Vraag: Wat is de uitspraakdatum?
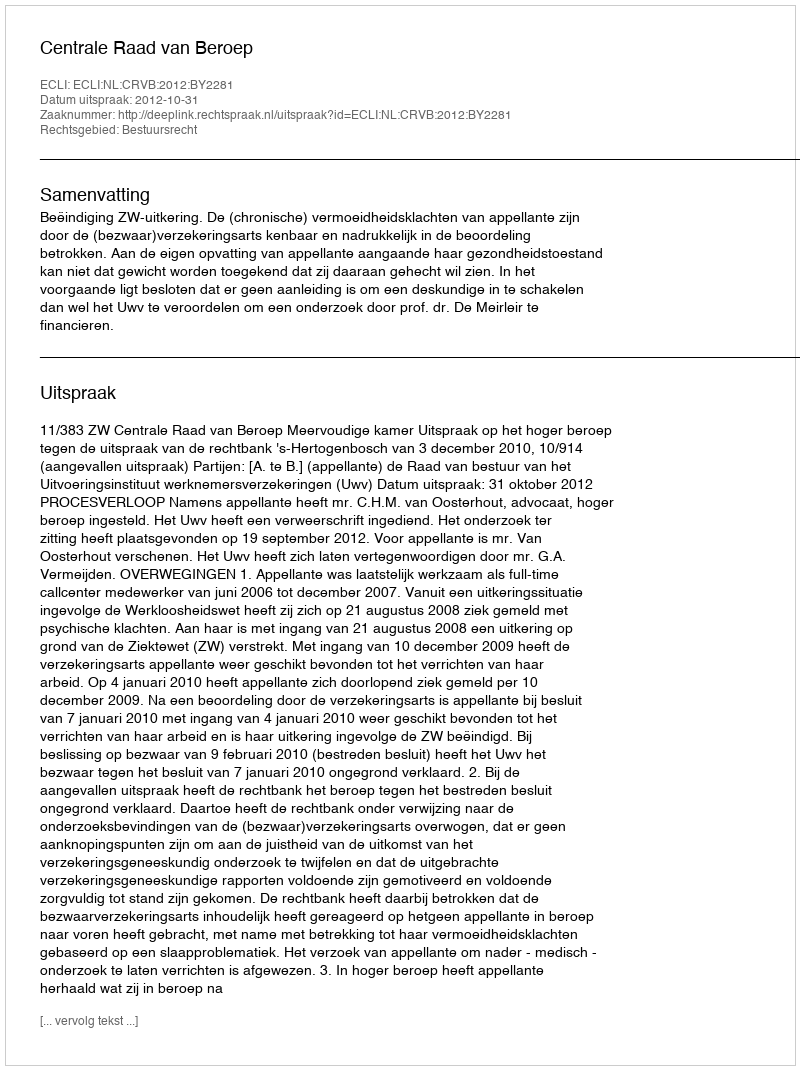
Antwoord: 2012-10-31